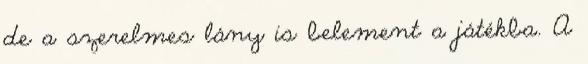
de a szerelmes lány is belement a játékba. A